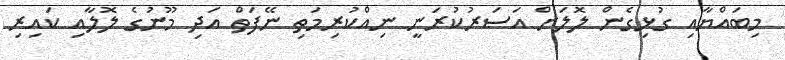
މިބައްޔާއި ގުޅިގެން ލޮލަށް އަސަރުކުރަނީ ނިއްކުރިމަތި ނޭފަތް އަދި މޫނުގެ ލޮލާއި ކައިރި